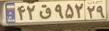
۴۲ق۹۵۲۲۹